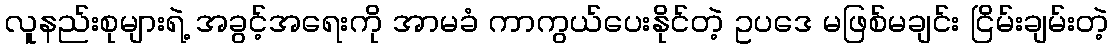
လူနည်းစုများရဲ့ အခွင့်အရေးကို အာမခံ ကာကွယ်ပေးနိုင်တဲ့ ဥပဒေ မဖြစ်မချင်း ငြိမ်းချမ်းတဲ့